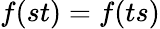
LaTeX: f(st)=f(ts)